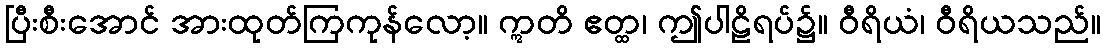
ပြီးစီးအောင် အားထုတ်ကြကုန်လော့။ ဣတိ ဧတ္ထ၊ ဤပါဠိရပ်၌။ ဝီရိယံ၊ ဝီရိယသည်။